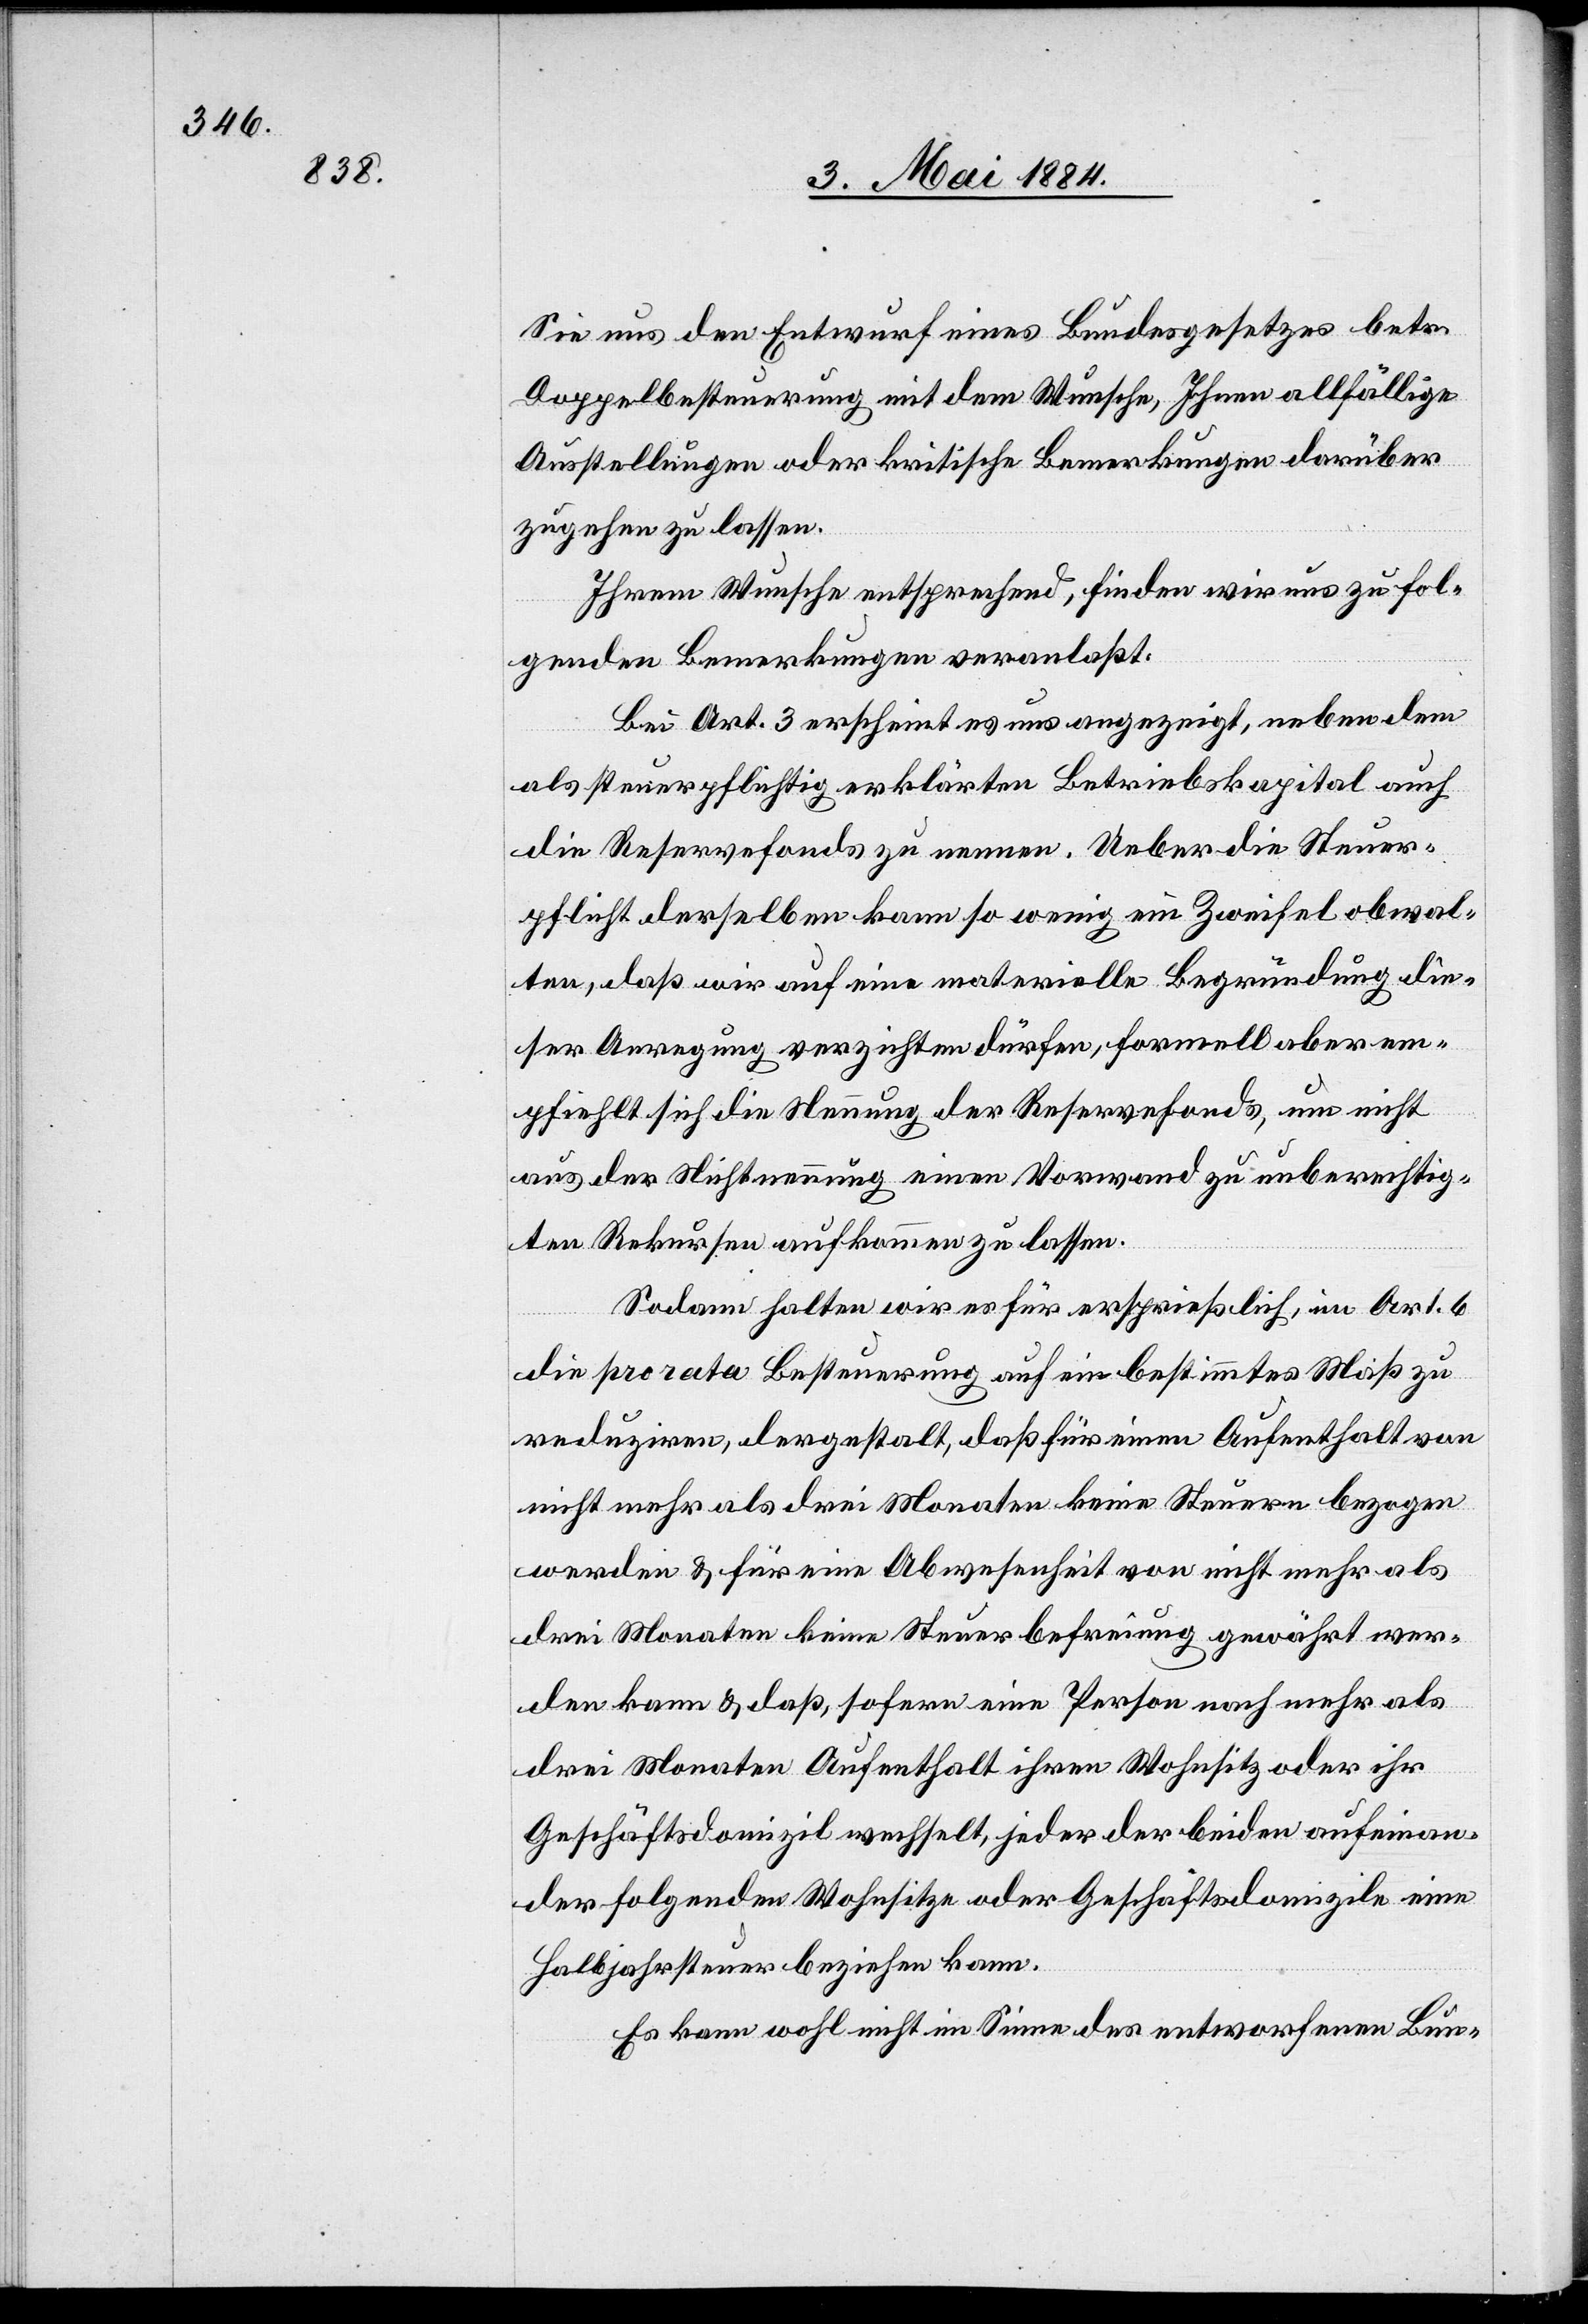
Sie uns den Entwurf eines Bundesgesetzes betr.
Doppelbesteuerung mit dem Wunsche, Ihnen allfällige
Ausstellungen oder kritische Bemerkungen darüber
zugehen zu lassen.
Ihrem Wunsche entsprechend, finden wir uns zu fol¬
genden Bemerkungen veranlaßt.
Bei Art. 3 erscheint es uns angezeigt, neben dem
als steuerpflichtig erklärten Betriebskapital auch
die Reservefonds zu nennen. Ueber die Steuer¬
pflicht derselben kann so wenig ein Zweifel obwal¬
ten, daß wir auf eine materielle Begründung die¬
ser Anregung verzichten dürfen, formell aber em¬
pfiehlt sich die Nennung der Reservefonds, um nicht
aus der Nichtnennung einen Vorwand zu unberechtig¬
ten Rekursen aufkommen zu lassen.
Sodann halten wir es für ersprießlich, im Art. 6
die pro rata Besteuerung auf ein bestimmtes Maß zu
reduziren, dergestalt, daß für einen Aufenthalt von
nicht mehr als drei Monaten keine Steuern bezogen
werden & für eine Abwesenheit von nicht mehr als
drei Monaten keine Steuerbefreiung gewährt wer¬
den kann & daß sofern eine Person nach mehr als
drei Monaten Aufenthalt ihren Wohnsitz oder ihr
Geschäftsdomizil wechselt, jeder der beiden aufeinan¬
der folgenden Wohnsitze oder Geschäftsdomizile eine
Halbjahrsteuer beziehen kann.
Es kann nicht im Sinne des entworfenen Bun-